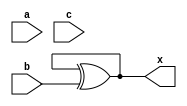
`timescale 1ns / 1ps
//////////////////////////////////////////////////////////////////////////////////
// Company: 
// Engineer: 
// 
// Design Name: 
// Module Name: comb_block_nonblock
// Project Name: 
// Target Devices: 
// Tool Versions: 
// Description: 
// 
// Dependencies: 
// 
// Revision:
// Revision 0.01 - File Created
// Additional Comments:
// 
//////////////////////////////////////////////////////////////////////////////////


module comb_block_nonblock(
    input a, b, c,
    output reg x
    );
    
    // Blocking assignments
//    always @(a, b, c)
//    begin
//        x = a;
//        x = x ^ b;
//        x = x | c;
//    end

    // Nonblocking assignments
//    always @(a, b, c)
//    begin
//        x <= a;
//        x <= x ^ b;
//        x <= x | c;
//    end    


    // Changing the order of blocking assignments
//    always @(a, b, c)
//    begin
//        x = a;
//        x = x | c;
//        x = x ^ b;
//    end

    // Changing the order of nonblocking assignments
    always @(a, b, c)
    begin
        x <= a;
        x <= x | c;
        x <= x ^ b;
    end  
endmodule